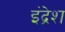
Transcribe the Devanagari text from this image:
इंद्रेश